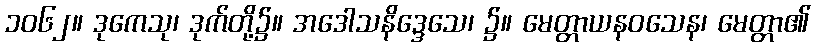
၁၀၆၂။ ဒုကေသု၊ ဒုက်တို့၌။ အဒေါသနိဒ္ဒေသေ၊ ၌။ မေတ္တာယနဝသေန၊ မေတ္တာ၏